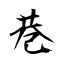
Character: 巷